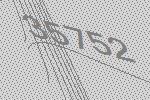
35752